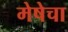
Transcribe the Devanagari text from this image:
मेषेचा